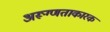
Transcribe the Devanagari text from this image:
अरूग्णताकारक